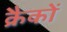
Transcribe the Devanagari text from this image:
क्रैकों